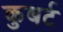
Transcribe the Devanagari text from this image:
कुबर्ट